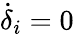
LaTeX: \dot{\delta}_{i}=0